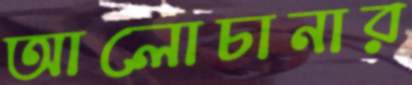
আলোচানার